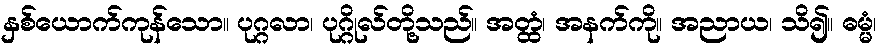
နှစ်ယောက်ကုန်သော။ ပုဂ္ဂလာ၊ ပုဂ္ဂိုလ်တို့သည်။ အတ္ထံ၊ အနက်ကို။ အညာယ၊ သိ၍။ ဓမ္မံ၊